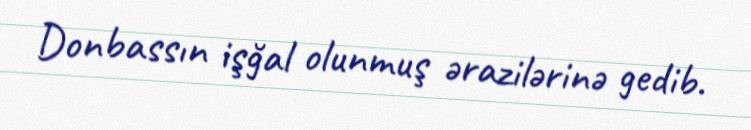
Donbassın işğal olunmuş ərazilərinə gedib.